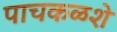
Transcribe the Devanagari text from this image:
पाचकळशे